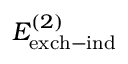
E _ { \mathrm { e x c h - i n d } } ^ { ( 2 ) }